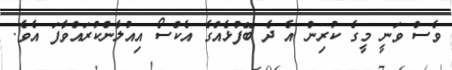
ވެސް ވަނީ މީގެ ކުރިން އެ ދެ ބޭފުޅެއްގެ އެކްސޯ އިއުލާންކުރައްވާފަ އެވެ.